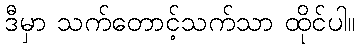
ဒီမှာ သက်တောင့်သက်သာ ထိုင်ပါ။